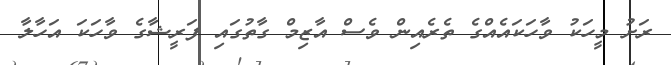
ރަށު މީހަކު ވާހަކައެއްގެ ތެރެއިން ވެސް އާޒިމް ގާތުގައި ފަރީޝާގެ ވާހަކަ އަހާލާ